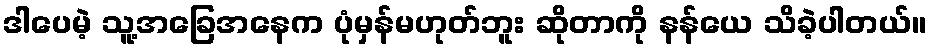
ဒါပေမဲ့ သူ့အခြေအနေက ပုံမှန်မဟုတ်ဘူး ဆိုတာကို နန်ယေ သိခဲ့ပါတယ်။